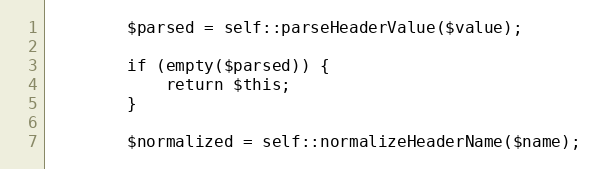
Language: PHP
		$parsed = self::parseHeaderValue($value);

		if (empty($parsed)) {
			return $this;
		}

		$normalized = self::normalizeHeaderName($name);